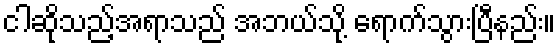
ငါဆိုသည့်အရာသည် အဘယ်သို့ ရောက်သွားပြီနည်း။